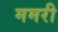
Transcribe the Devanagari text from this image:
ममरी